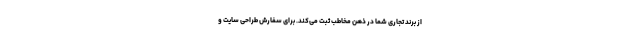
از برند تجاری شما در ذهن مخاطب ثبت می‌کند. برای سفارش طراحی سایت و